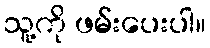
သူ့ကို ဖမ်းပေးပါ။